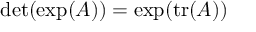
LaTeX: \operatorname* { d e t } ( \exp ( A ) ) = \exp ( \operatorname { t r } ( A ) )